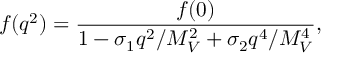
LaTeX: f ( q ^ { 2 } ) = \frac { f ( 0 ) } { 1 - \sigma _ { 1 } q ^ { 2 } / M _ { V } ^ { 2 } + \sigma _ { 2 } q ^ { 4 } / M _ { V } ^ { 4 } } ,